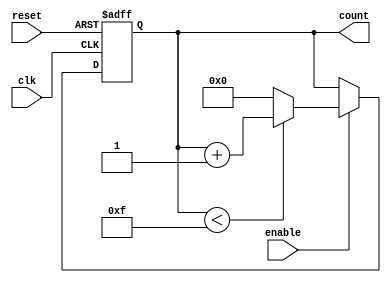
module binary_counter #(parameter MIN_VALUE = 0, MAX_VALUE = 15) (
    input wire clk,               // Clock signal
    input wire reset,             // Asynchronous reset signal
    input wire enable,            // Enable signal
    output reg [N-1:0] count      // Current count output
);
    
    // Calculate the number of bits required for the maximum value
    localparam N = $clog2(MAX_VALUE + 1);
    
    // Initialize the count
    initial begin
        count = MIN_VALUE;
    end

    // Counter logic
    always @(posedge clk or posedge reset) begin
        if (reset) begin
            count <= MIN_VALUE; // Reset to the minimum value
        end else if (enable) begin
            if (count < MAX_VALUE) begin
                count <= count + 1; // Increment if less than maximum
            end else begin
                count <= MIN_VALUE; // Wrap around to minimum
            end
        end
    end

endmodule